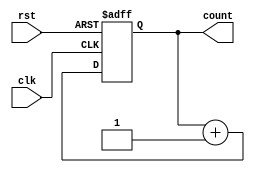
module CascadedCounter (
    input clk,      // Clock input
    input rst,      // Reset input
    output reg [3:0] count    // 4-bit count output
);

reg [3:0] stage1;    // First stage of the counter
reg [3:0] stage2;    // Second stage of the counter
reg [3:0] stage3;    // Third stage of the counter

// Increment logic for each stage
always @(posedge clk or posedge rst) begin
    if (rst) begin
        stage1 <= 4'b0;
        stage2 <= 4'b0;
        stage3 <= 4'b0;
    end else begin
        stage1 <= stage1 + 4'b1;
        if (stage1 == 4'b1111) begin
            stage2 <= stage2 + 4'b1;
            if (stage2 == 4'b1111) begin
                stage3 <= stage3 + 4'b1;
            end
        end
    end
end

// Output the count as the concatenation of all stages
assign count = {stage3, stage2, stage1};

endmodule